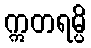
ဣတရမ္ပိ